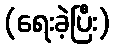
(ရေးခဲ့ပြီး)